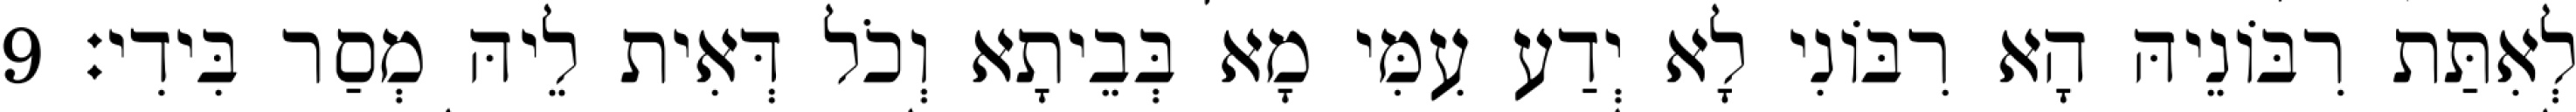
לְאִתַּת רִבּוֹנֵיהּ הָא רִבּוֹנִי לָא יְדַע עִמִּי מָא בְּבֵיתָא וְכֹל דְּאִית לֵיהּ מְסַר בִּידִי׃ 9